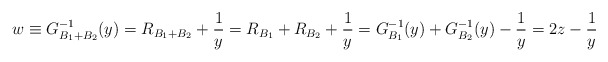
\begin{align*}w \equiv G^{-1}_{B_1 +B_2 } (y) = R_{B_1 + B_2 } +\frac{1}{y} =R_{B_1 } + R_{B_2 } +\frac{1}{y} = G^{-1}_{B_1 } (y) + G^{-1}_{B_2 } (y)-\frac{1}{y} =2z-\frac{1}{y}\end{align*}